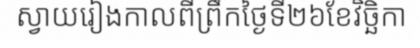
ស្វាយរៀងកាលពីព្រឹកថ្ងៃទី២៦ខែវិច្ឆិកា